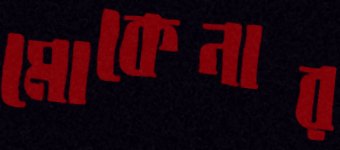
মোকেনার